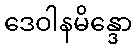
ဒေဝါနမိန္ဒော